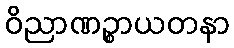
ဝိညာဏဉ္စာယတနာ